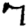
Digit: 7